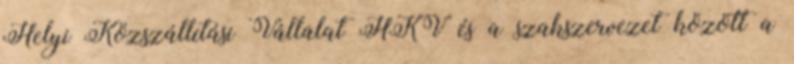
Helyi Közszállítási Vállalat HKV és a szakszervezet között a